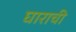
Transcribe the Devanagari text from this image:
घाराची